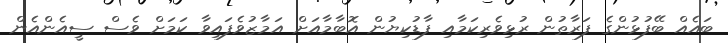
ބައެއް ބޭފުޅުންގެ ފަރާތުން ރުޅިވެރިކަމާއި ފާޑުކިޔުން އޮބާމާއަށް އަމާޒުވެފައިވާ ކަމަށް ވެސް ސީއެންއެން